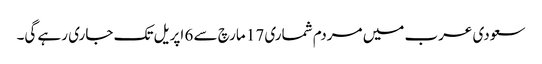
سعودی عرب میں مردم شماری 17 مارچ سے 6 اپریل تک جاری رہے گی۔